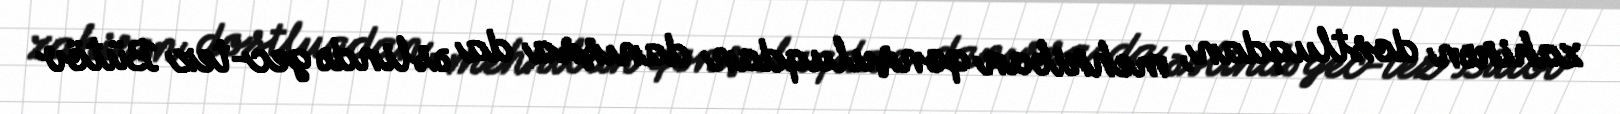
zahirən dostluqdan, mehriban qonşuluqdan danışsa da əslində gec-tez Bütöv